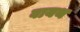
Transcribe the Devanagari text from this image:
वायथ